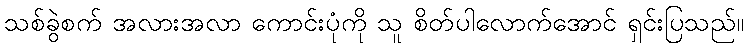
သစ်ခွဲစက် အလားအလာ ကောင်းပုံကို သူ စိတ်ပါလောက်အောင် ရှင်းပြသည်။